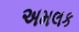
અમલક